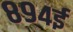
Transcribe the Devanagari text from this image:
८९४ई